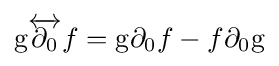
{\mathrm {g} }{\overleftrightarrow {\partial _{0}}}f=\mathrm {g} \partial _{0}f-f\partial _{0}\mathrm {g}